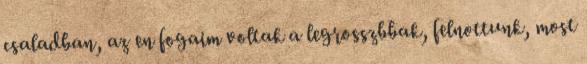
csaladban, az en fogaim voltak a legrosszbbak, felnottunk, most